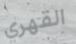
القهري